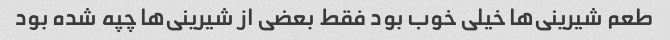
طعم شیرینی‌ها خیلی خوب بود فقط بعضی از شیرینی‌ها چپه شده بود